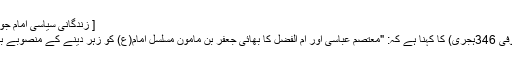
[ زندگانی سیاسی امام جواد، ص153]
مسعودی (متوفی 346ہجری) کا کہنا ہے کہ: "معتصم عباسی اور ام الفضل کا بھائی جعفر بن مامون مسلسل امام(ع) کو زہر دینے کے منصوبے بنا رہے تھے۔